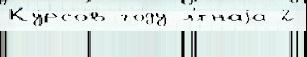
Ку́рсов году л'́тнаjа 2